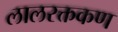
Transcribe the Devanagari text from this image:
लालरक्तकण